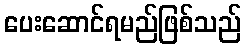
ပေးဆောင်ရမည်ဖြစ်သည်